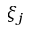
\xi _ { j }